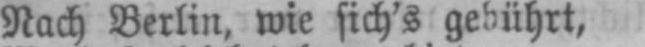
Nach Berlin, wie sich’s gebührt,